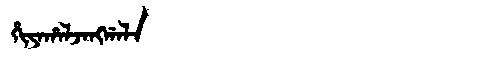
Manchu: ᡥᡳᠶᠠᡥᠠᠯᠵᠠᠩᡤᠠᠯᠠ
Romanization: HIYAHALJANGGALA